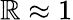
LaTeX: \mathbb{R}\approx1